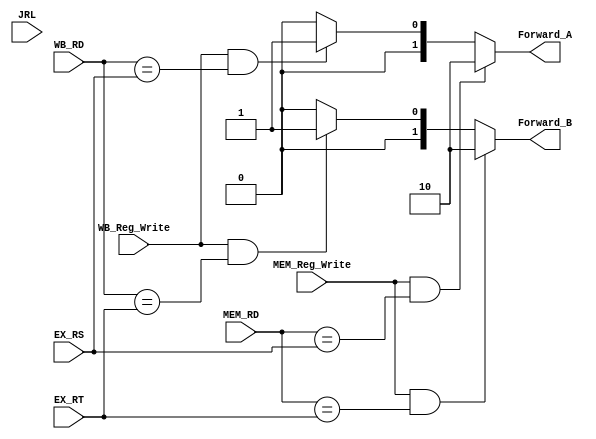
module forwarding_unit(JRL, EX_RS, EX_RT, MEM_Reg_Write, MEM_RD, WB_Reg_Write, WB_RD, Forward_A, Forward_B);
  input [1:0] WB_RD;
  input [1:0] EX_RT;
  input [1:0] MEM_RD;
  input [1:0] EX_RS;
  input wire JRL;
  input WB_Reg_Write;
  input MEM_Reg_Write;
  output reg [1:0] Forward_A;
  output reg [1:0] Forward_B;

  always @(*) begin
    if(MEM_Reg_Write && (MEM_RD == EX_RS)) begin
      Forward_A = 2'b10;
    end
    else if(WB_Reg_Write && (WB_RD == EX_RS)) begin 
      Forward_A = 2'b01;
    end
    else begin
      Forward_A = 2'b00;
    end
    if(MEM_Reg_Write && (MEM_RD == EX_RT)) begin
      Forward_B = 2'b10;
    end
    else if(WB_Reg_Write && (WB_RD == EX_RT)) begin 
      Forward_B = 2'b01;
    end
    else begin
      Forward_B = 2'b00;
    end
  end
endmodule